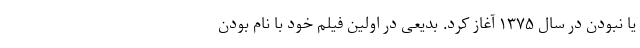
یا نبودن در سال ۱۳۷۵ آغاز کرد. بدیعی در اولین فیلم خود با نام بودن